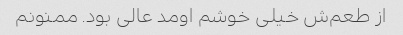
از طعم‌ش خیلی خوشم اومد عالی بود. ممنونم